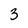
Character: 3